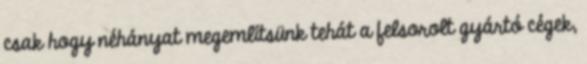
csak hogy néhányat megemlítsünk tehát a felsorolt gyártó cégek,